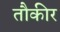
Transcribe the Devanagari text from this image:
तौकीर